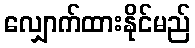
လျှောက်ထားနိုင်မည်